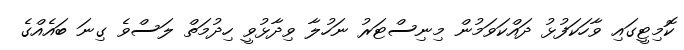
ކޮމިޓީގައި ވާހަކަފުޅު ދައްކަވަމުން މިނިސްޓަރު ނަހުލާ ވިދާޅުވީ ހިދުމަތް ލަސްވެ ގިނަ ބައެއްގެ